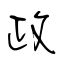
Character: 政